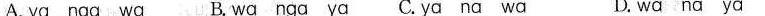
A.ya nga.wa B.wa nga ya C.ya na wa D.wa nα ya